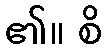
၏။ စိ